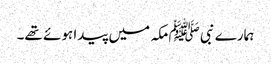
ہمارے نبی ﷺ مکہ میں پیدا ہوئے تھے۔